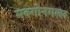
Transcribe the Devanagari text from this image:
मक्गोनगल्ल